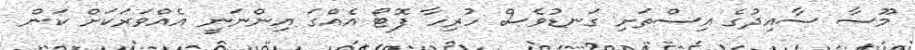
މޫސާ ސާއިދުގެ އިސްތަށި ގަނޑުވެސް ހުރިހާ ފޮޓޯ އެއްގަ އިންނަނީ އެއްވަރަކަށް ކަން